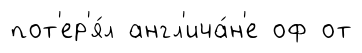
пот'ер'я́л англ'ича́н'е оф от